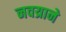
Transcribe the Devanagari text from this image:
नवय्राने